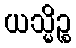
ယသ္မိဉ္စ